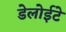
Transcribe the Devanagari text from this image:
डेलोईटे